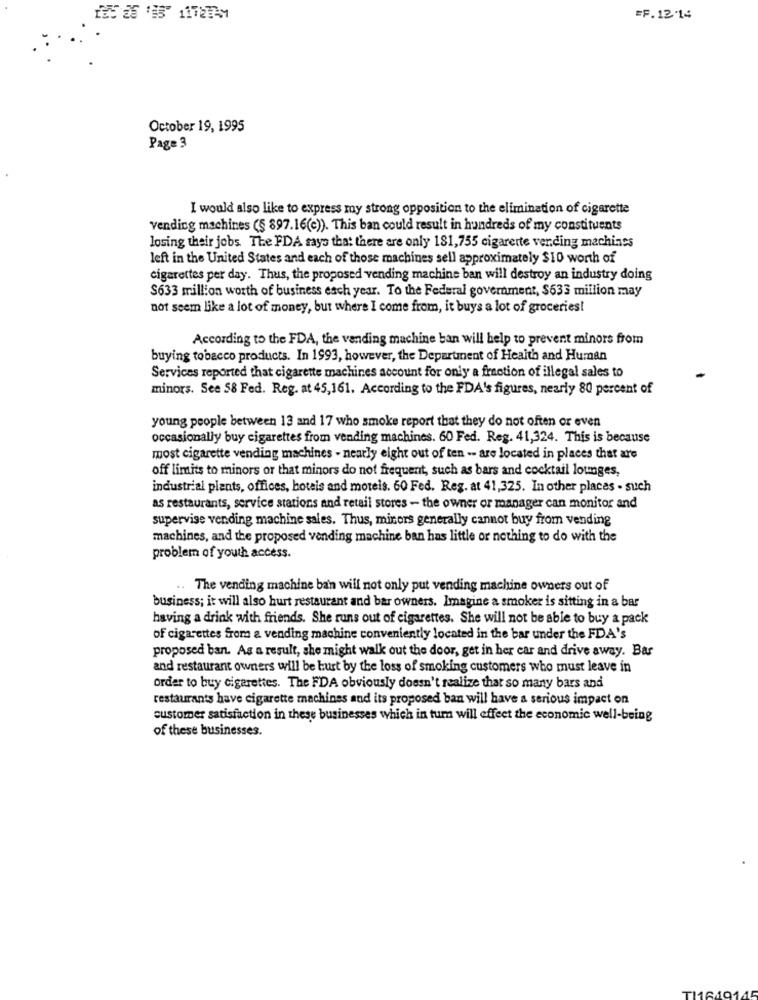
=F.12.14
October 19, 1995
Page 3
I would also like to express my strong opposition to the elimination of cigarette
vending machines (§ 897.16(c)). This ban could result in hundreds of my constituents
losing their jobs The FDA says that there are only 181,755 cigarette vending machines
left in the United States and each of those machines sell approximately $10 worth of
cigarettes per day. Thus, the proposed vending machine ban will destroy an industry doing
$633 million worth of business each year. To the Federal government, $633 million may
not seem like a lot of money, but where I come from, it buys a lot of groceriest
According to the FDA, the vending machine ban will help to prevent minors from
buying tobacco products. In 1993, however, the Department of Health and Human
Services reported that cigarette machines account for only a fraction of illegal sales to
minors. See 58 Fed. Reg. at 45,161. According to the FDA's figures, nearly 80 percent of
young people between 13 and 17 who smoke report that they do not often or even
occasionally buy cigarettes from vending machines. 60 Fed. Reg. 41,324. This is because
most cigarette vending machines - nearly eight out of ten -- are located in places that are
off limits to minors or that minors do not frequent, such as bars and cocktail lounges,
industrial plants, offices, hoteis and motels. 60 Fed. Reg. at 41,325. In other places . such
as restaurants, service stations and retail stores - the owner or manager can monitor and
supervise vending machine sales. Thus, minors generally cannot buy from vending
machines, and the proposed vending machine ban has little or nothing to do with the
problem of youth access.
The vending machine ban will not only put vending machine owners out of
business; it will also hurt restaurant and bar owners. Imagine a smoker is sitting in a bar
having a drink with friends. She runs out of cigarettes. She will not be able to buy a pack
of cigarettes from a vending machine conveniently located in the bar under the FDA's
proposed ban. As a result, she might walk out the door, get in her car and drive away. Bar
and restaurant owners will be burt by the loss of smoking customers who must leave in
order to buy cigarettes. The FDA obviously doesn't realize that so many bars and
restaurants have cigarette machines and its proposed ban will have a serious impact on
customer satisfaction in these businesses which in turn will effect the economic well-being
of these businesses.